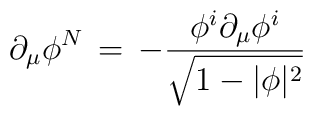
\partial_\mu \phi^N\, =\, - {\phi^i \partial_\mu \phi^i\over \sqrt{1-|\phi|^2}}